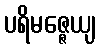
ပရိမဇ္ဇေယျ